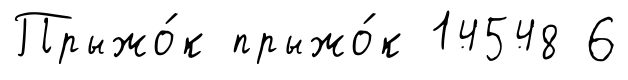
Прыжо́к прыжо́к 14548 6